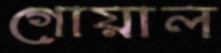
গোয়াল